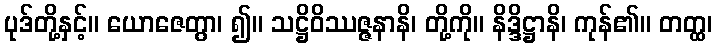
ပုဒ်တို့နှင့်။ ယောဇေတွာ၊ ၍။ သဋ္ဌိဝိဿဇ္ဇနာနိ၊ တို့ကို။ နိဒ္ဒိဋ္ဌာနိ၊ ကုန်၏။ တတ္ထ၊